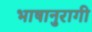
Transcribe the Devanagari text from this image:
भाषानुरागी